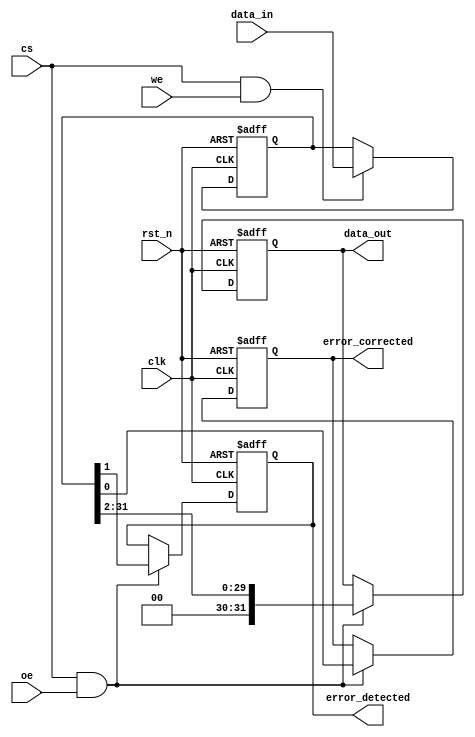
module ecc_dram_io #(
    parameter DATA_WIDTH = 32,  // Width of the data bus
    parameter ECC_WIDTH = 7      // Width of the ECC bits (for Hamming code)
)(
    input wire clk,              // Clock signal
    input wire rst_n,            // Active low reset
    input wire [DATA_WIDTH-1:0] data_in,  // Data input from memory controller
    input wire we,               // Write Enable
    input wire oe,               // Output Enable
    input wire cs,               // Chip Select
    output reg [DATA_WIDTH-1:0] data_out, // Data output to memory controller
    output reg error_detected,   // Error detected signal
    output reg error_corrected    // Error corrected signal
);

    // Internal signals
    reg [DATA_WIDTH-1:0] data_buffer; // Buffer for incoming data
    reg [ECC_WIDTH-1:0] ecc_buffer;   // Buffer for ECC bits
    reg [ECC_WIDTH-1:0] ecc_calculated; // Calculated ECC bits
    reg [ECC_WIDTH-1:0] ecc_received;   // Received ECC bits

    // ECC Generation (Hamming Code)
    function [ECC_WIDTH-1:0] generate_ecc(input [DATA_WIDTH-1:0] data);
        // Implement Hamming code generation logic here
        // This is a placeholder for ECC generation
        generate_ecc = 0; // Replace with actual ECC generation logic
    endfunction

    // ECC Checking and Correction
    function [DATA_WIDTH-1:0] check_and_correct(input [DATA_WIDTH-1:0] data, input [ECC_WIDTH-1:0] ecc);
        // Implement Hamming code checking and correction logic here
        // This is a placeholder for ECC checking and correction
        check_and_correct = data; // Replace with actual checking and correction logic
        error_detected = 0; // Set to 1 if an error is detected
        error_corrected = 0; // Set to 1 if an error is corrected
    endfunction

    // Write Operation
    always @(posedge clk or negedge rst_n) begin
        if (!rst_n) begin
            data_buffer <= 0;
            ecc_buffer <= 0;
        end else if (cs && we) begin
            data_buffer <= data_in; // Store incoming data
            ecc_buffer <= generate_ecc(data_in); // Generate ECC for the data
        end
    end

    // Read Operation
    always @(posedge clk or negedge rst_n) begin
        if (!rst_n) begin
            data_out <= 0;
            error_detected <= 0;
            error_corrected <= 0;
        end else if (cs && oe) begin
            {data_out, ecc_received} <= {data_buffer, ecc_buffer}; // Output data and ECC
            {data_out, error_detected, error_corrected} <= check_and_correct(data_buffer, ecc_received); // Check and correct
        end
    end

endmodule